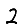
Digit: 2